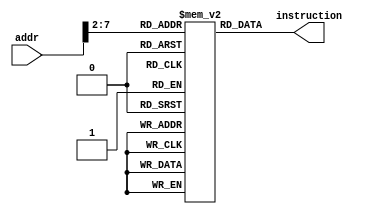
module InstMem(addr, instruction);

    input [7:0] addr; 
    
    output wire [31:0] instruction;
    
    wire [5:0] rom_addr = addr[7:2];
    reg [31:0] memory [63:0]; 
     
    initial 
    begin 
     memory[0] = 32'h00007033; // and r0, r0, r0 32'h00000000
     memory[1] = 32'h00100093; // addi r1, r0, 1 32'h00000001
     memory[2] = 32'h00200113; // addi r2, r0, 2 32'h00000002
     memory[3] = 32'h00308193; // addi r3, r1, 3 32'h00000004
     memory[4] = 32'h00408213; // addi r4, r1, 4 32'h00000005
     memory[5] = 32'h00510293; // addi r5, r2, 5 32'h00000007
     memory[6] = 32'h00610313; // addi r6, r2, 6 32'h00000008
     memory[7] = 32'h00718393; // addi r7, r3, 7 32'h0000000B
     memory[8] = 32'h00208433; // add r8, r1, r2 32'h00000003
     memory[9] = 32'h404404b3; // sub r9, r8, r4 32'hfffffffe
     memory[10] = 32'h00317533; // and r10, r2, r3 32'h00000000
     memory[11] = 32'h0041e5b3; // or r11, r3, r4 32'h00000005
     memory[12] = 32'h0041a633; // if r3 is less than r4 then r12 = 1 32'h00000001
     memory[13] = 32'h007346b3; // nor r13, r6, r7 32'hfffffff4
     memory[14] = 32'h4d34f713; // andi r14, r9, "4D3" 32'h000004D2
     memory[15] = 32'h8d35e793; // ori r15, r11, "8d3" 32'hfffff8d7
     memory[16] = 32'h4d26a813; // if r13 is less than 32'h000004D2 then r16 = 1 32'h00000001
     memory[17] = 32'h4d244893; // nori r17, r8, "4D2" 32'hfffffb2C
    end 
    assign instruction = memory[rom_addr];
    
endmodule